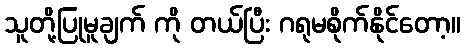
သူတို့ပြုမူချက် ကို တယ်ပြီး ဂရုမစိုက်နိုင်တော့။